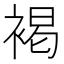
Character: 褐